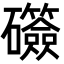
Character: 𬒫